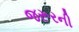
જરૂરની